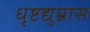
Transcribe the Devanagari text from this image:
धृष्टद्युम्नास